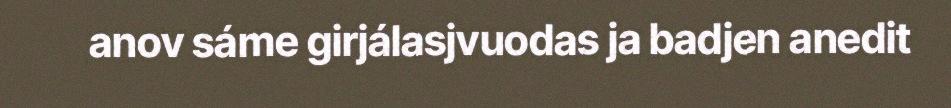
anov sáme girjálasjvuodas ja badjen anedit